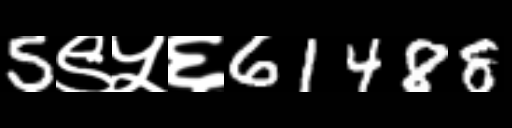
Text: 5९५६61488